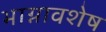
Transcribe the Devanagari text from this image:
भाग्नावशेष